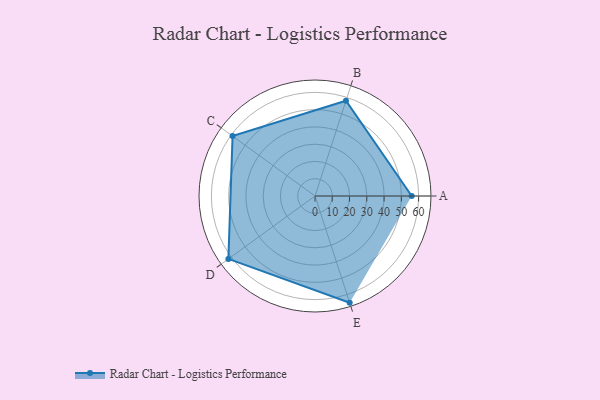
{"axis": {"x": "Skill", "y": "Score"}, "legend": ["Profile"], "data": [{"x": "A", "y": 56.0, "type": "Profile"}, {"x": "B", "y": 58.0, "type": "Profile"}, {"x": "C", "y": 59.0, "type": "Profile"}, {"x": "D", "y": 62.0, "type": "Profile"}, {"x": "E", "y": 65.0, "type": "Profile"}]}